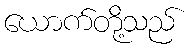
ယောက်တို့သည်